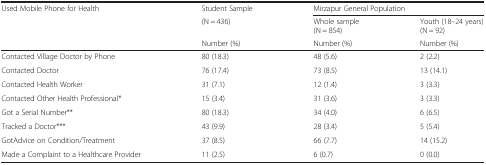
<table><thead><tr><td><b>Used Mobile Phone for Health</b></td><td><b>Student Sample</b></td><td colspan="2"><b>Mirzapur General Population</b></td></tr><tr><td></td><td><b>(N = 436)</b></td><td><b>Whole sample(N = 854)</b></td><td><b>Youth (18–24 years)(N = 92)</b></td></tr><tr><td></td><td><b>Number (%)</b></td><td><b>Number (%)</b></td><td><b>Number (%)</b></td></tr></thead><tbody><tr><td>Contacted Village Doctor by Phone</td><td>80 (18.3)</td><td>48 (5.6)</td><td>2 (2.2)</td></tr><tr><td>Contacted Doctor</td><td>76 (17.4)</td><td>73 (8.5)</td><td>13 (14.1)</td></tr><tr><td>Contacted Health Worker</td><td>31 (7.1)</td><td>12 (1.4)</td><td>3 (3.3)</td></tr><tr><td>Contacted Other Health Professional*</td><td>15 (3.4)</td><td>31 (3.6)</td><td>3 (3.3)</td></tr><tr><td>Got a Serial Number**</td><td>80 (18.3)</td><td>34 (4.0)</td><td>6 (6.5)</td></tr><tr><td>Tracked a Doctor***</td><td>43 (9.9)</td><td>28 (3.4)</td><td>5 (5.4)</td></tr><tr><td>GotAdvice on Condition/Treatment</td><td>37 (8.5)</td><td>66 (7.7)</td><td>14 (15.2)</td></tr><tr><td>Made a Complaint to a Healthcare Provider</td><td>11 (2.5)</td><td>6 (0.7)</td><td>0 (0.0)</td></tr></tbody></table>